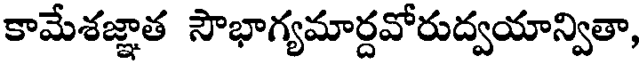
కామేశజ్ఞాత సౌభాగ్యమార్దవోరుద్వయాన్వితా,